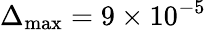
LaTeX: \Delta_{\mathrm{max}}=9\times 10^{-5}